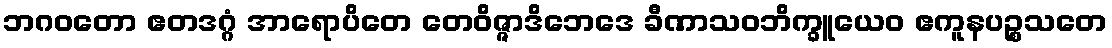
ဘဂဝတော ဧတဒဂ္ဂံ အာရောပိတေ တေဝိဇ္ဇာဒိဘေဒေ ခီဏာသဝဘိက္ခူယေဝ ဧကူနပဉ္စသတေ